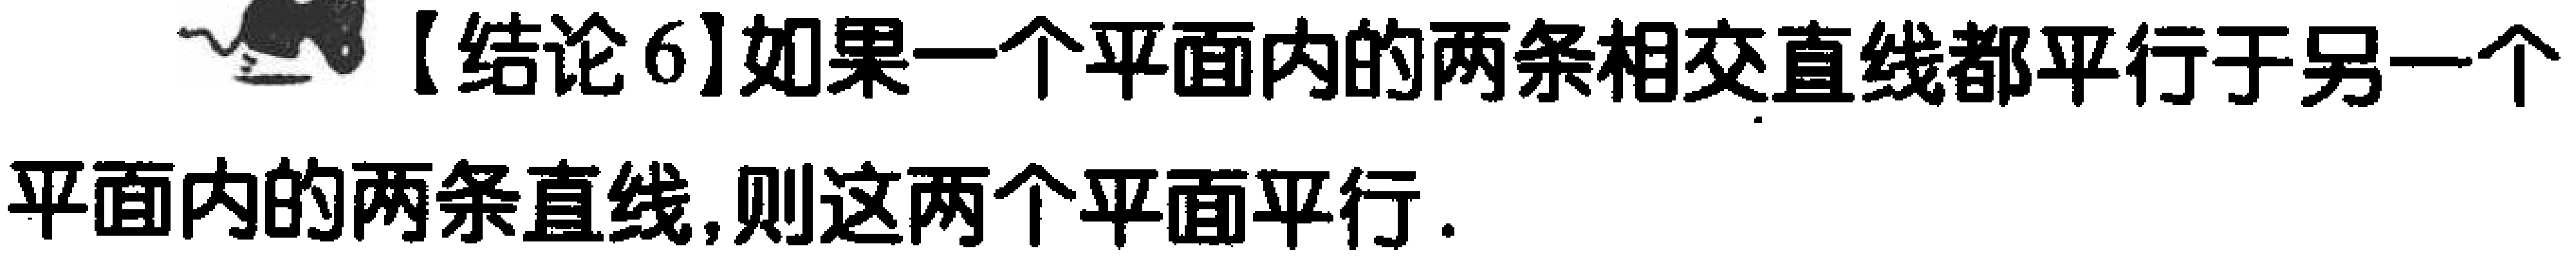
【结论6】如果一个平面内的两条相交直线都平行于另一个平面内的两条直线,则这两个平面平行.